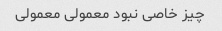
چیز خاصی نبود معمولی معمولی